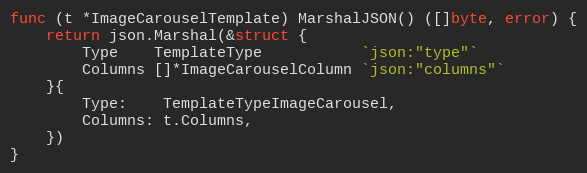
Language: Go
func (t *ImageCarouselTemplate) MarshalJSON() ([]byte, error) {
	return json.Marshal(&struct {
		Type    TemplateType           `json:"type"`
		Columns []*ImageCarouselColumn `json:"columns"`
	}{
		Type:    TemplateTypeImageCarousel,
		Columns: t.Columns,
	})
}